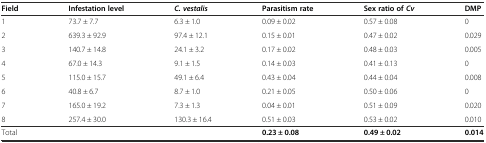
| Field | Infestation level | C. vestalis | Parasitism rate | Sex ratio ofCv | DMP |
 | --- | --- | --- | --- | --- | --- |
 | 1 | 73.7 ± 7.7 | 6.3 ± 1.0 | 0.09 ± 0.02 | 0.57 ± 0.08 | 0 |
 | 2 | 639.3 ± 92.9 | 97.4 ± 12.1 | 0.15 ± 0.01 | 0.47 ± 0.02 | 0.029 |
 | 3 | 140.7 ± 14.8 | 24.1 ± 3.2 | 0.17 ± 0.02 | 0.48 ± 0.03 | 0.005 |
 | 4 | 67.0 ± 14.3 | 9.1 ± 1.5 | 0.14 ± 0.03 | 0.41 ± 0.13 | 0 |
 | 5 | 115.0 ± 15.7 | 49.1 ± 6.4 | 0.43 ± 0.04 | 0.44 ± 0.04 | 0.008 |
 | 6 | 40.8 ± 6.7 | 8.7 ± 1.0 | 0.21 ± 0.05 | 0.50 ± 0.06 | 0 |
 | 7 | 165.0 ± 19.2 | 7.3 ± 1.3 | 0.04 ± 0.01 | 0.51 ± 0.09 | 0.020 |
 | 8 | 257.4 ± 30.0 | 130.3 ± 16.4 | 0.51 ± 0.03 | 0.53 ± 0.02 | 0.010 |
 | Total |  |  | 0.23 ± 0.08 | 0.49 ± 0.02 | 0.014 |